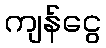
ကျန်ငွေ